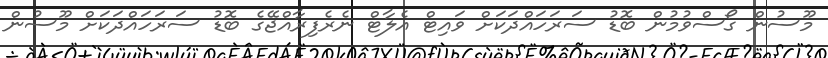
މޫސުން ގޯސްވުމުން ބޮޑު ސަރަހައްދަކަށް ވައިޓް އެލާޓް ނެރެފިރާއްޖޭގެ ބޮޑު ސަރަހައްދަކަށް މޫސުން